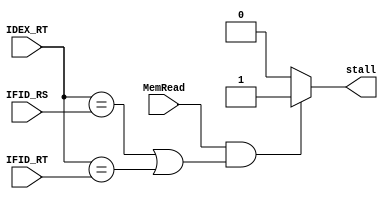
module HAZARD_DETECTION_UNIT(
	input [4:0] IDEX_RT,
	input [4:0] IFID_RS,
	input [4:0] IFID_RT,
	input       MemRead,
	output  reg    stall
	);
	
	/*
	if (stall) begin
		PCWrite = 1'b0;
		IF_ID_Write = 1'b0;
		Ctrl_Sel = 1'b0;
	end else begin
		PCWrite = 1'b1;
		IF_ID_Write = 1'b1;
		Ctrl_Sel = 1'b1;
	end
	*/
	//reg stall;
	always@(*) begin
		if (MemRead && ( (IDEX_RT == IFID_RS) | (IDEX_RT == IFID_RT) ) ) begin
			stall = 1'b1;
		end else begin
			stall = 1'b0;
		end
	end

endmodule